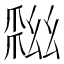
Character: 𢇏